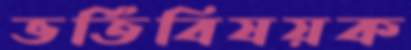
ভর্তিবিষয়ক